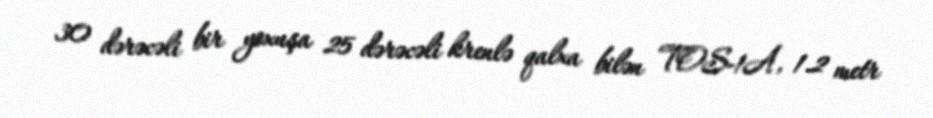
30 dərəcəli bir yoxuşa 25 dərəcəli krenlə qalxa bilən TOS-1A, 1.2 metr